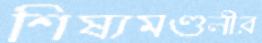
শিষ্যমণ্ডলীর